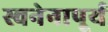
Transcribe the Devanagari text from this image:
स्वनेनापूर्य